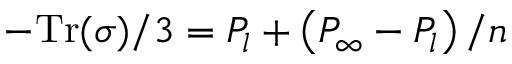
- \mathrm { T r } ( \sigma ) / 3 = P _ { l } + \left( P _ { \infty } - P _ { l } \right) / n